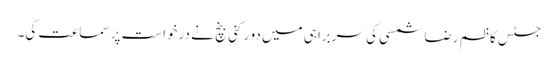
جسٹس کاظم رضا شمسی کی سربراہی میں دو رکنی بنچ نے درخواست پر سماعت کی۔